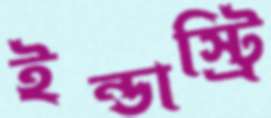
ইন্ডাস্ট্রি